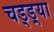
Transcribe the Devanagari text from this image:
चड्ड़्या